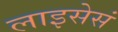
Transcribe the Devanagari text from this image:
लाइसेसं